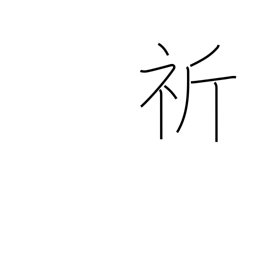
Meaning: wish